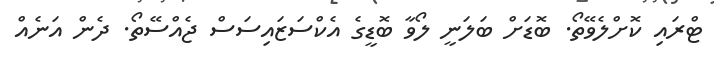
ޓްރައި ކޮށްލެވޭތޯ. ބޮޑަށް ބަލަނީ ލޯވާ ބޮޑީގެ އެކްސަޒައިސަސް ޖެއްސޭތޯ. ދެން އަނެއް